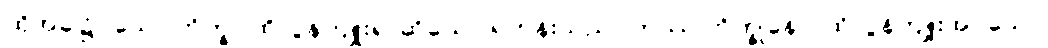
ထိုအခါ၌။ သော ဘိက္ခု၊ ထိုလွန်ကျူး၍ ဆိုသော ရဟန်းသည်။ တဿ ဘိက္ခုနော၊ ထိုလွန်ကျူးအပ်သော